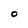
Character: O